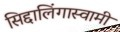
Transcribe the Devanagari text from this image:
सिद्दालिंगास्वामी